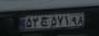
۵۲ج۵۷۱۹۸